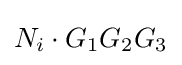
N_{i}\cdot G_{1}G_{2}G_{3}